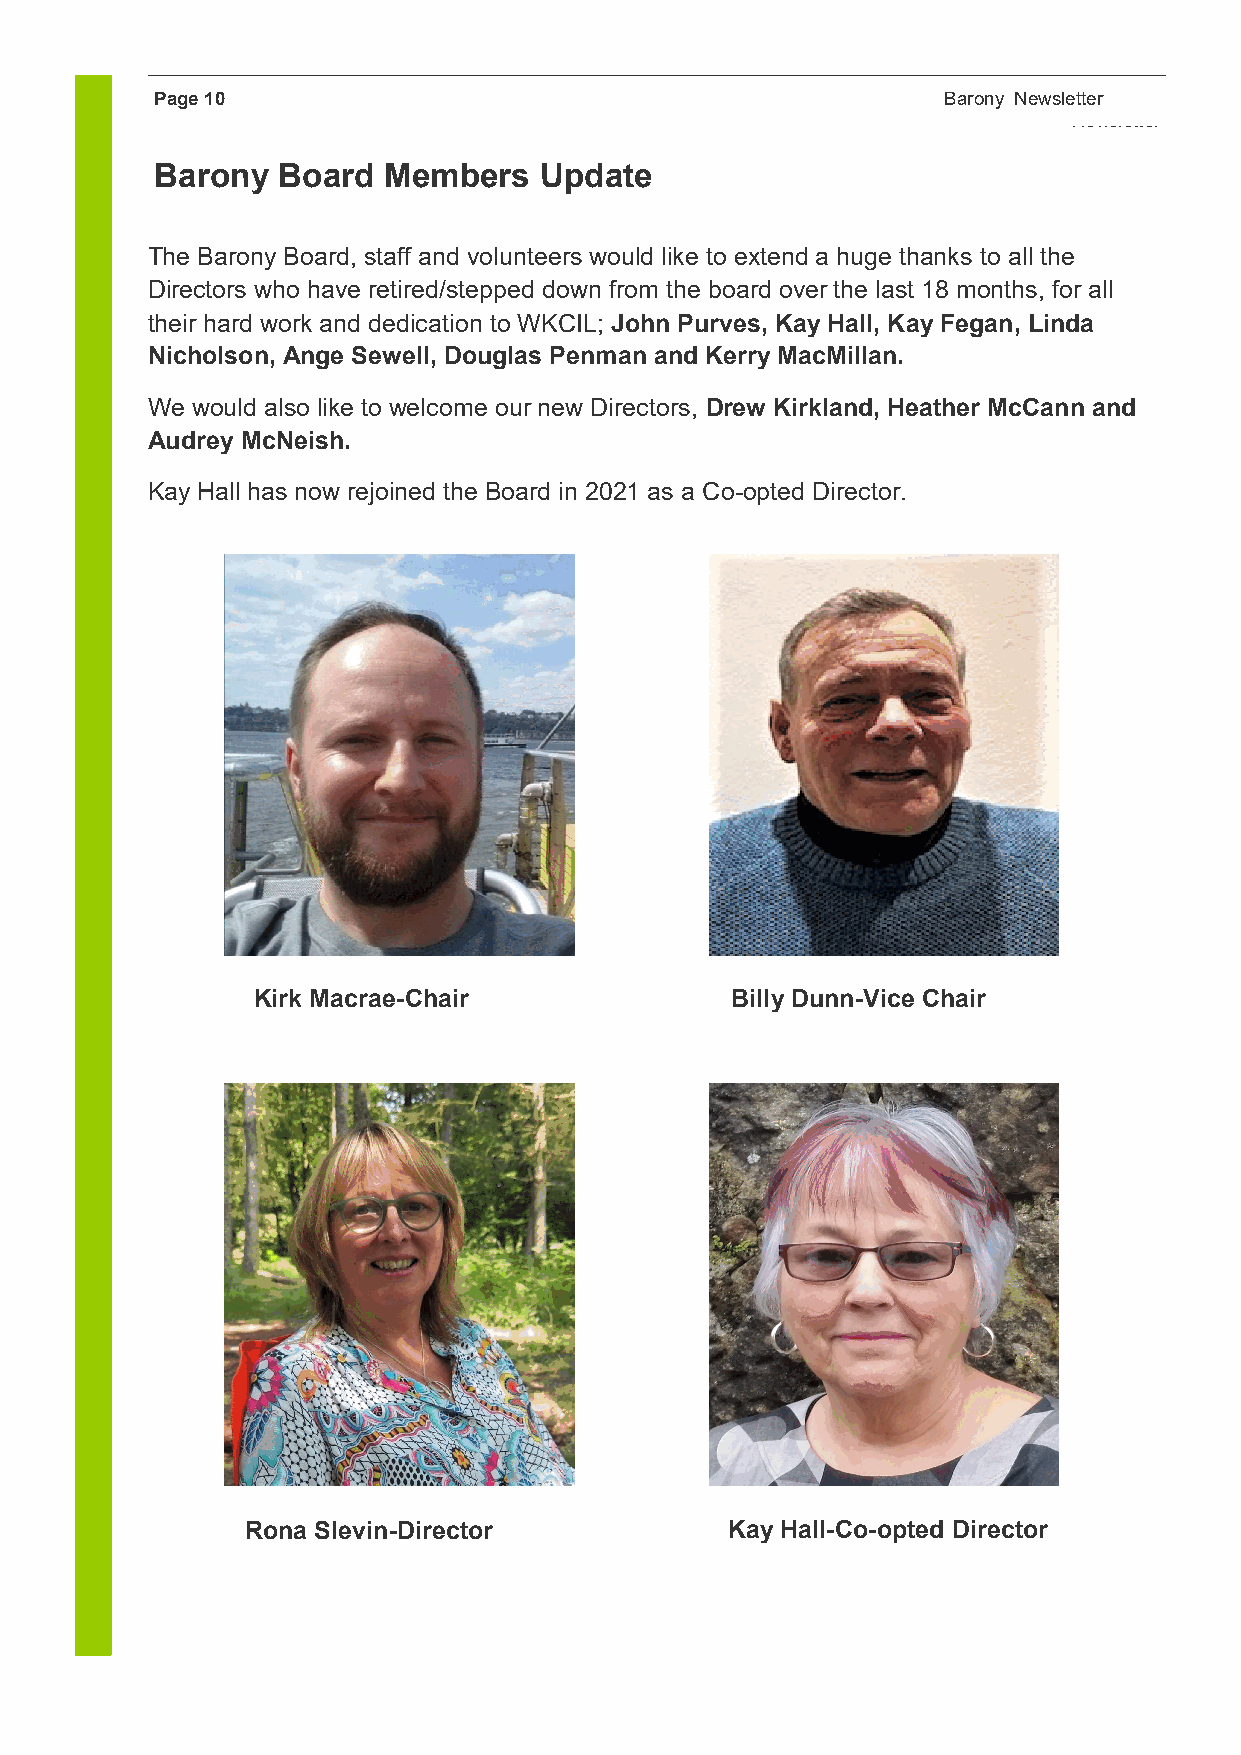
Page 10                                             Barony NewsletterB arony
 Newsletter
 Barony  Board  Members    Update
 The Barony Board, staff and volunteers would like to extend a huge thanks to all the
 Directors who have retired/stepped down from the board over the last 18 months, for all
 their hard work and dedication to WKCIL; John Purves, Kay Hall, Kay Fegan, Linda
 Nicholson, Ange Sewell, Douglas Penman and Kerry MacMillan.
 We would also like to welcome our new Directors, Drew Kirkland, Heather McCann and
 Audrey McNeish.
 Kay Hall has now rejoined the Board in 2021 as a Co-opted Director.
 Kirk Macrae-Chair              Billy Dunn-Vice Chair
 Rona Slevin-Director            Kay Hall-Co-opted Director